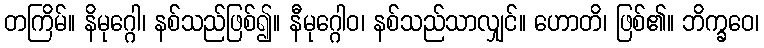
တကြိမ်။ နိမုဂ္ဂေါ၊ နစ်သည်ဖြစ်၍။ နီမုဂ္ဂေါဝ၊ နစ်သည်သာလျှင်။ ဟောတိ၊ ဖြစ်၏။ ဘိက္ခဝေ၊